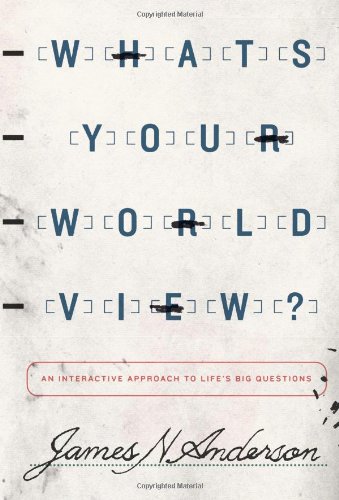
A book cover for What's Your Worldview?: An Interactive Approach to Life's Big Questions; James N. Anderson; Christian Books & Bibles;